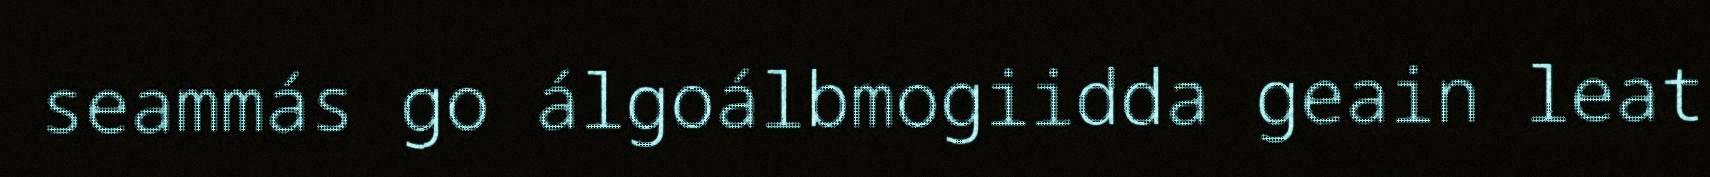
seammás go álgoálbmogiidda geain leat